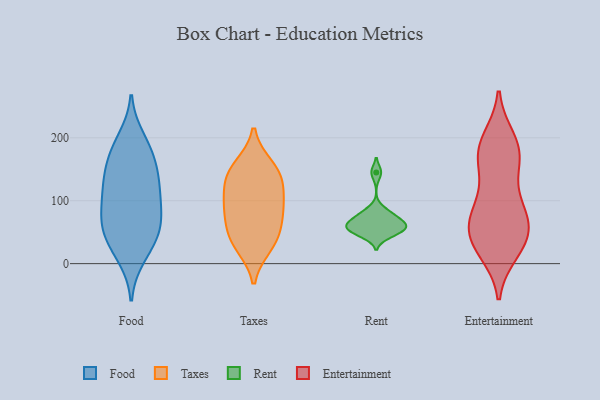
{"axis": {"x": "Humidity (%)", "y": "Value"}, "legend": ["Entertainment", "Food", "Rent", "Taxes"], "data": [{"x": "", "y": 11, "type": "Food"}, {"x": "", "y": 46, "type": "Food"}, {"x": "", "y": 101, "type": "Food"}, {"x": "", "y": 90, "type": "Food"}, {"x": "", "y": 50, "type": "Food"}, {"x": "", "y": 178, "type": "Food"}, {"x": "", "y": 160, "type": "Food"}, {"x": "", "y": 67, "type": "Food"}, {"x": "", "y": 22, "type": "Food"}, {"x": "", "y": 53, "type": "Food"}, {"x": "", "y": 72, "type": "Food"}, {"x": "", "y": 198, "type": "Food"}, {"x": "", "y": 183, "type": "Food"}, {"x": "", "y": 135, "type": "Food"}, {"x": "", "y": 140, "type": "Food"}, {"x": "", "y": 112, "type": "Food"}, {"x": "", "y": 128, "type": "Food"}, {"x": "", "y": 29, "type": "Taxes"}, {"x": "", "y": 90, "type": "Taxes"}, {"x": "", "y": 86, "type": "Taxes"}, {"x": "", "y": 42, "type": "Taxes"}, {"x": "", "y": 84, "type": "Taxes"}, {"x": "", "y": 42, "type": "Taxes"}, {"x": "", "y": 140, "type": "Taxes"}, {"x": "", "y": 154, "type": "Taxes"}, {"x": "", "y": 121, "type": "Taxes"}, {"x": "", "y": 142, "type": "Taxes"}, {"x": "", "y": 65, "type": "Rent"}, {"x": "", "y": 82, "type": "Rent"}, {"x": "", "y": 56, "type": "Rent"}, {"x": "", "y": 67, "type": "Rent"}, {"x": "", "y": 58, "type": "Rent"}, {"x": "", "y": 79, "type": "Rent"}, {"x": "", "y": 145, "type": "Rent"}, {"x": "", "y": 45, "type": "Rent"}, {"x": "", "y": 59, "type": "Rent"}, {"x": "", "y": 50, "type": "Rent"}, {"x": "", "y": 29, "type": "Entertainment"}, {"x": "", "y": 116, "type": "Entertainment"}, {"x": "", "y": 188, "type": "Entertainment"}, {"x": "", "y": 182, "type": "Entertainment"}, {"x": "", "y": 158, "type": "Entertainment"}, {"x": "", "y": 73, "type": "Entertainment"}, {"x": "", "y": 20, "type": "Entertainment"}, {"x": "", "y": 81, "type": "Entertainment"}, {"x": "", "y": 35, "type": "Entertainment"}, {"x": "", "y": 178, "type": "Entertainment"}, {"x": "", "y": 32, "type": "Entertainment"}, {"x": "", "y": 77, "type": "Entertainment"}, {"x": "", "y": 162, "type": "Entertainment"}, {"x": "", "y": 43, "type": "Entertainment"}, {"x": "", "y": 197, "type": "Entertainment"}, {"x": "", "y": 79, "type": "Entertainment"}, {"x": "", "y": 59, "type": "Entertainment"}]}